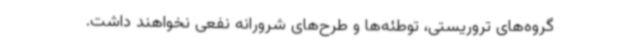
گروه‌های تروریستی، توطئه‌ها و طرح‌های شرورانه نفعی نخواهند داشت.